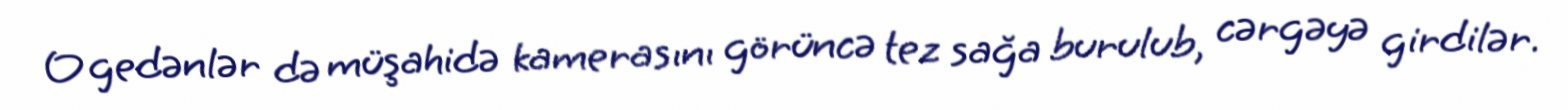
O gedənlər də müşahidə kamerasını görüncə tez sağa burulub, cərgəyə girdilər.